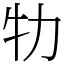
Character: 牞